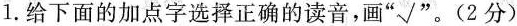
1.给下面的加点字选择正确的读音，画”√”。(2分)